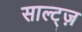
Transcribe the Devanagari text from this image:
साल्ट्ज़